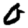
Digit: 0